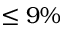
\leq 9 \%